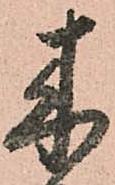
来